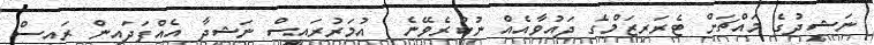
ނަޝީދުގެ މައްޗަށް ޓެރަރިޒަމްގެ ދައުވާއެއް ނުކުރެވޭނެ  އުމަރުރައީސް ނަޝީދާ އެއްފަދައިން ރައީސް